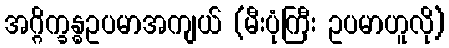
အဂ္ဂိက္ခန္ဓဥပမာအကျယ် (မီးပုံကြီး ဥပမာဟူလို)